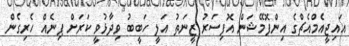
އައިޖީއެމްއެޗްގެ އިންފޮމޭޝަން އޮފިސަރު ޒީނަތު އަލީ ހަބީބު ވިދާޅުވީ ކަރަށް ޕިނެއް ހެރިގެން